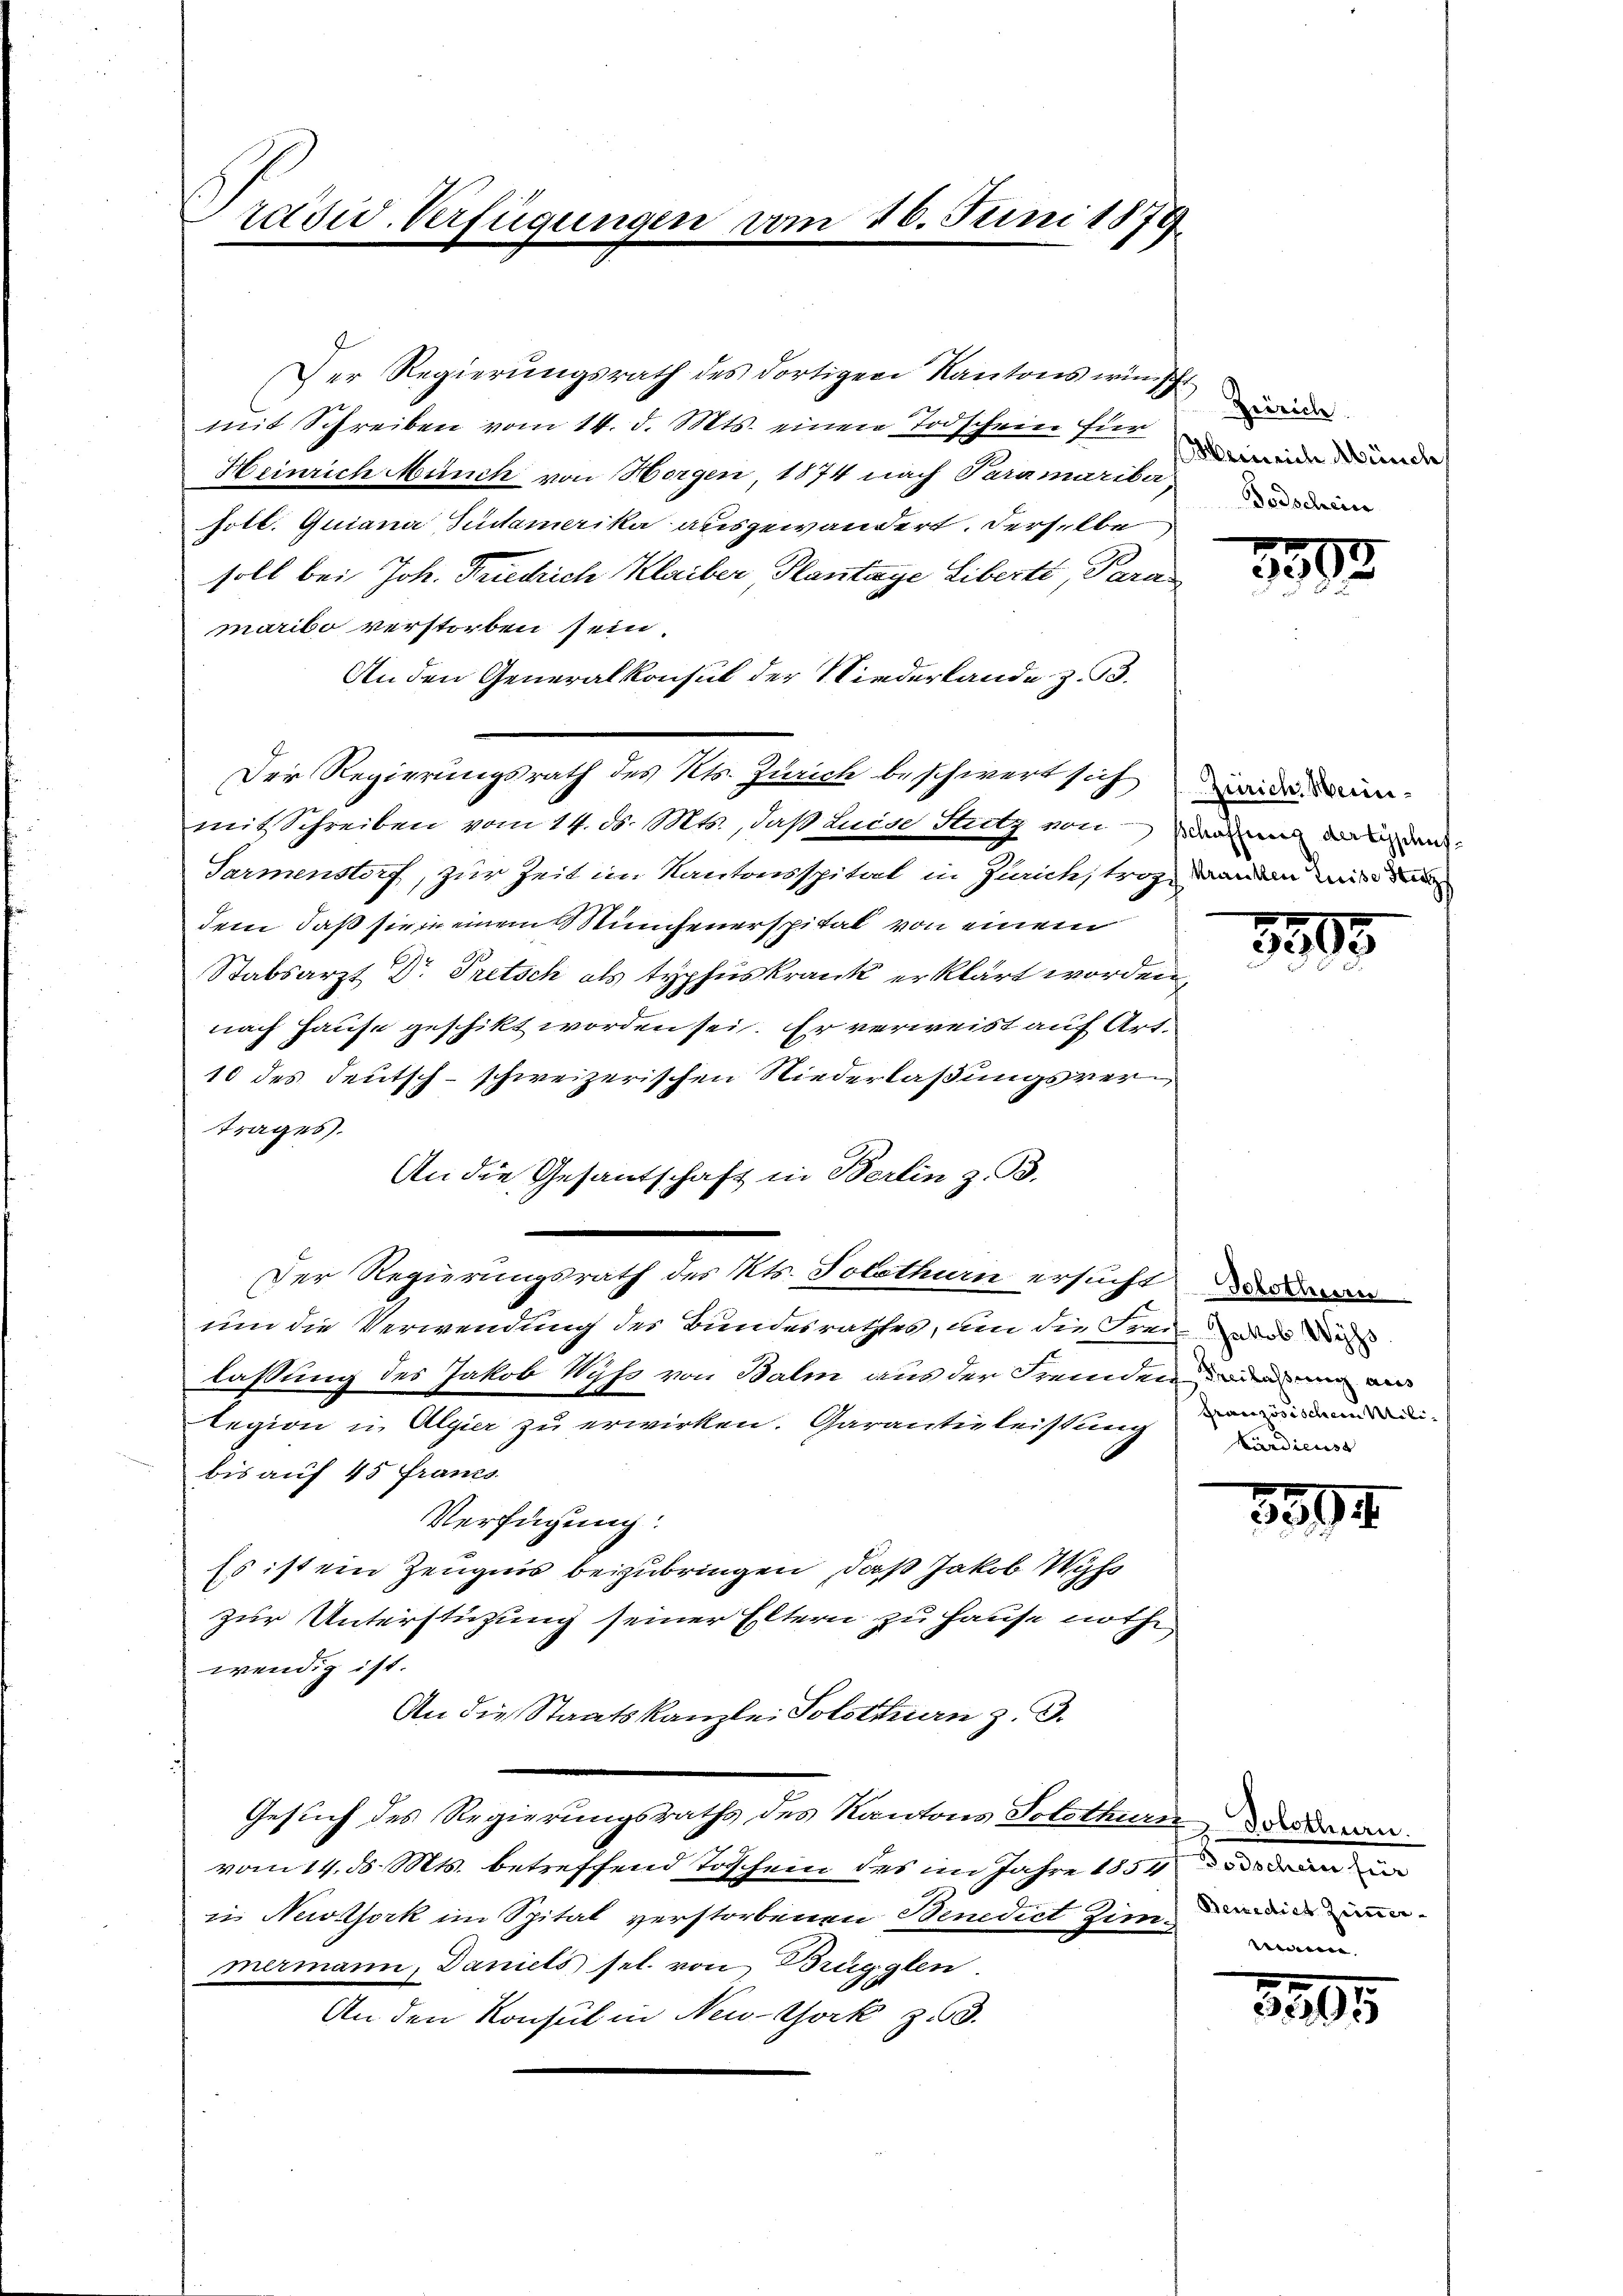
Präsid. Verfügungen am 20. Juni 1879

Der Regierungsrath des dortigen Kantons wünsch
mit Schreiben vom 14. d. Mts. einen Todschein für
Heinrich Münch von Horgen, 1874 nach Paramariba-
solb. Quiana Pudamerika ausgewandert. Derselbe
soll bei Joh. Triechich Klaiber Plantage Libert, Para
marito verstorben sein
An den Generalkonsul der Niederlande z. B.
Der Regierungsrath des Kts. Zürich beschwert sich
mit Schreiben vom 14. d. Mts., daß Luise Stutz von damit der ge
Parmenstorf, zur Zeit im Kantonsspital in Zürich, trag, dann mir den
dem, daß sie in einem unfeuerspital von einem
Stabsarzt Dr Tretsch als typhuskrank erklärt worden,
nach Hause geschikt worden sei. Er verweist auf Art.
10 des Teutsch-schweizerischen Niederlaßungsvertrages.
An die Gesantschaft in Berlin z. B.
Der Regierungsrath des Kts. Solothurn ersucht
um die Verwendung des Bundesrathes, um die Frei- und das
lassung des Jakob Wyss von Balm aus der Fremden an mir ei
e
legion in Algier zu erwirken. Garantie leistung
bis auf 45 Franzs
Verfügung:
Es ist ein Zeugnis beizubringen, daß Jakob Wüs
zur Unterstützung seiner Eltern zu Hause noth
wendig ist.
An die Staatskanzlei Solothurn z. B.
Gesuch des Regierungsraths des Kantons Solothurn der denn
vom 14. d. Mts. betreffend Toschern des im Jahre 1854
in Neckfork im Spital verstorbenen Benedict Zimmermann, Daniels sel. von Brügglen.
An den Konsul in New-York zu 3.

Zürich
Heinrich Münch
Todschein

3303

Zürich Meini¬

3805.

Granzösischein Mili¬
Kardienst

3894

Poschen für
Benedies Zimmerweene

3265